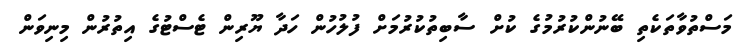
މަސްތުވާތަކެތި ބޭނުންކުރުމުގެ ކުށް ސާބިތުކުރުމަށް ފުލުހުން ހަދާ ޔޫރިން ޓެސްޓުގެ އިތުރުން މިނިވަން